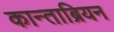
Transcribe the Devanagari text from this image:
कान्ताब्रियन